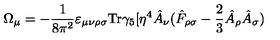
\Omega _ { \mu } = - \frac { 1 } { 8 \pi ^ { 2 } } \varepsilon _ { \mu \nu \rho \sigma } \mathrm { T r } \gamma _ { 5 } [ \eta ^ { 4 } \hat { A } _ { \nu } ( \hat { F } _ { \rho \sigma } - \frac { 2 } { 3 } \hat { A } _ { \rho } \hat { A } _ { \sigma } )